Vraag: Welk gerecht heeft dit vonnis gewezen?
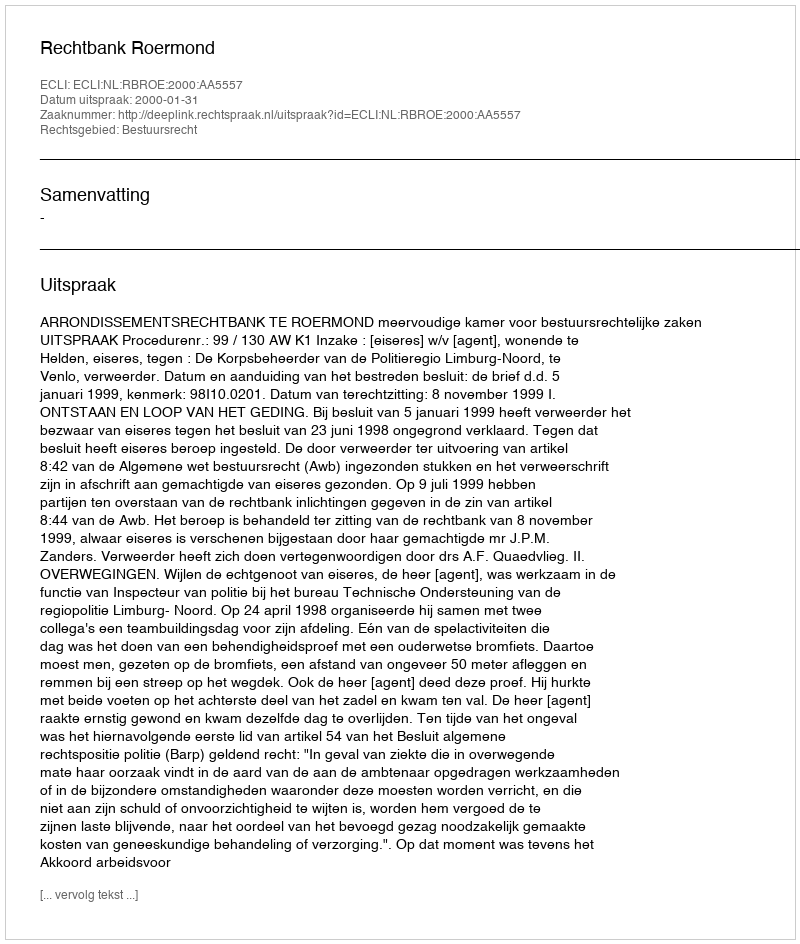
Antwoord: Rechtbank Roermond